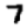
Digit: 7